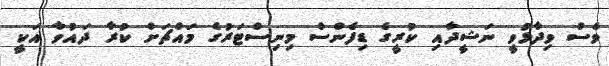
ވެސް ވިދާޅުވީ ނަޝީދާއި ކުރީގެ ޑިފެންސް މިނިސްޓަރުގެ މައްޗަށް ކުރާ ދައުވާ އަކީ